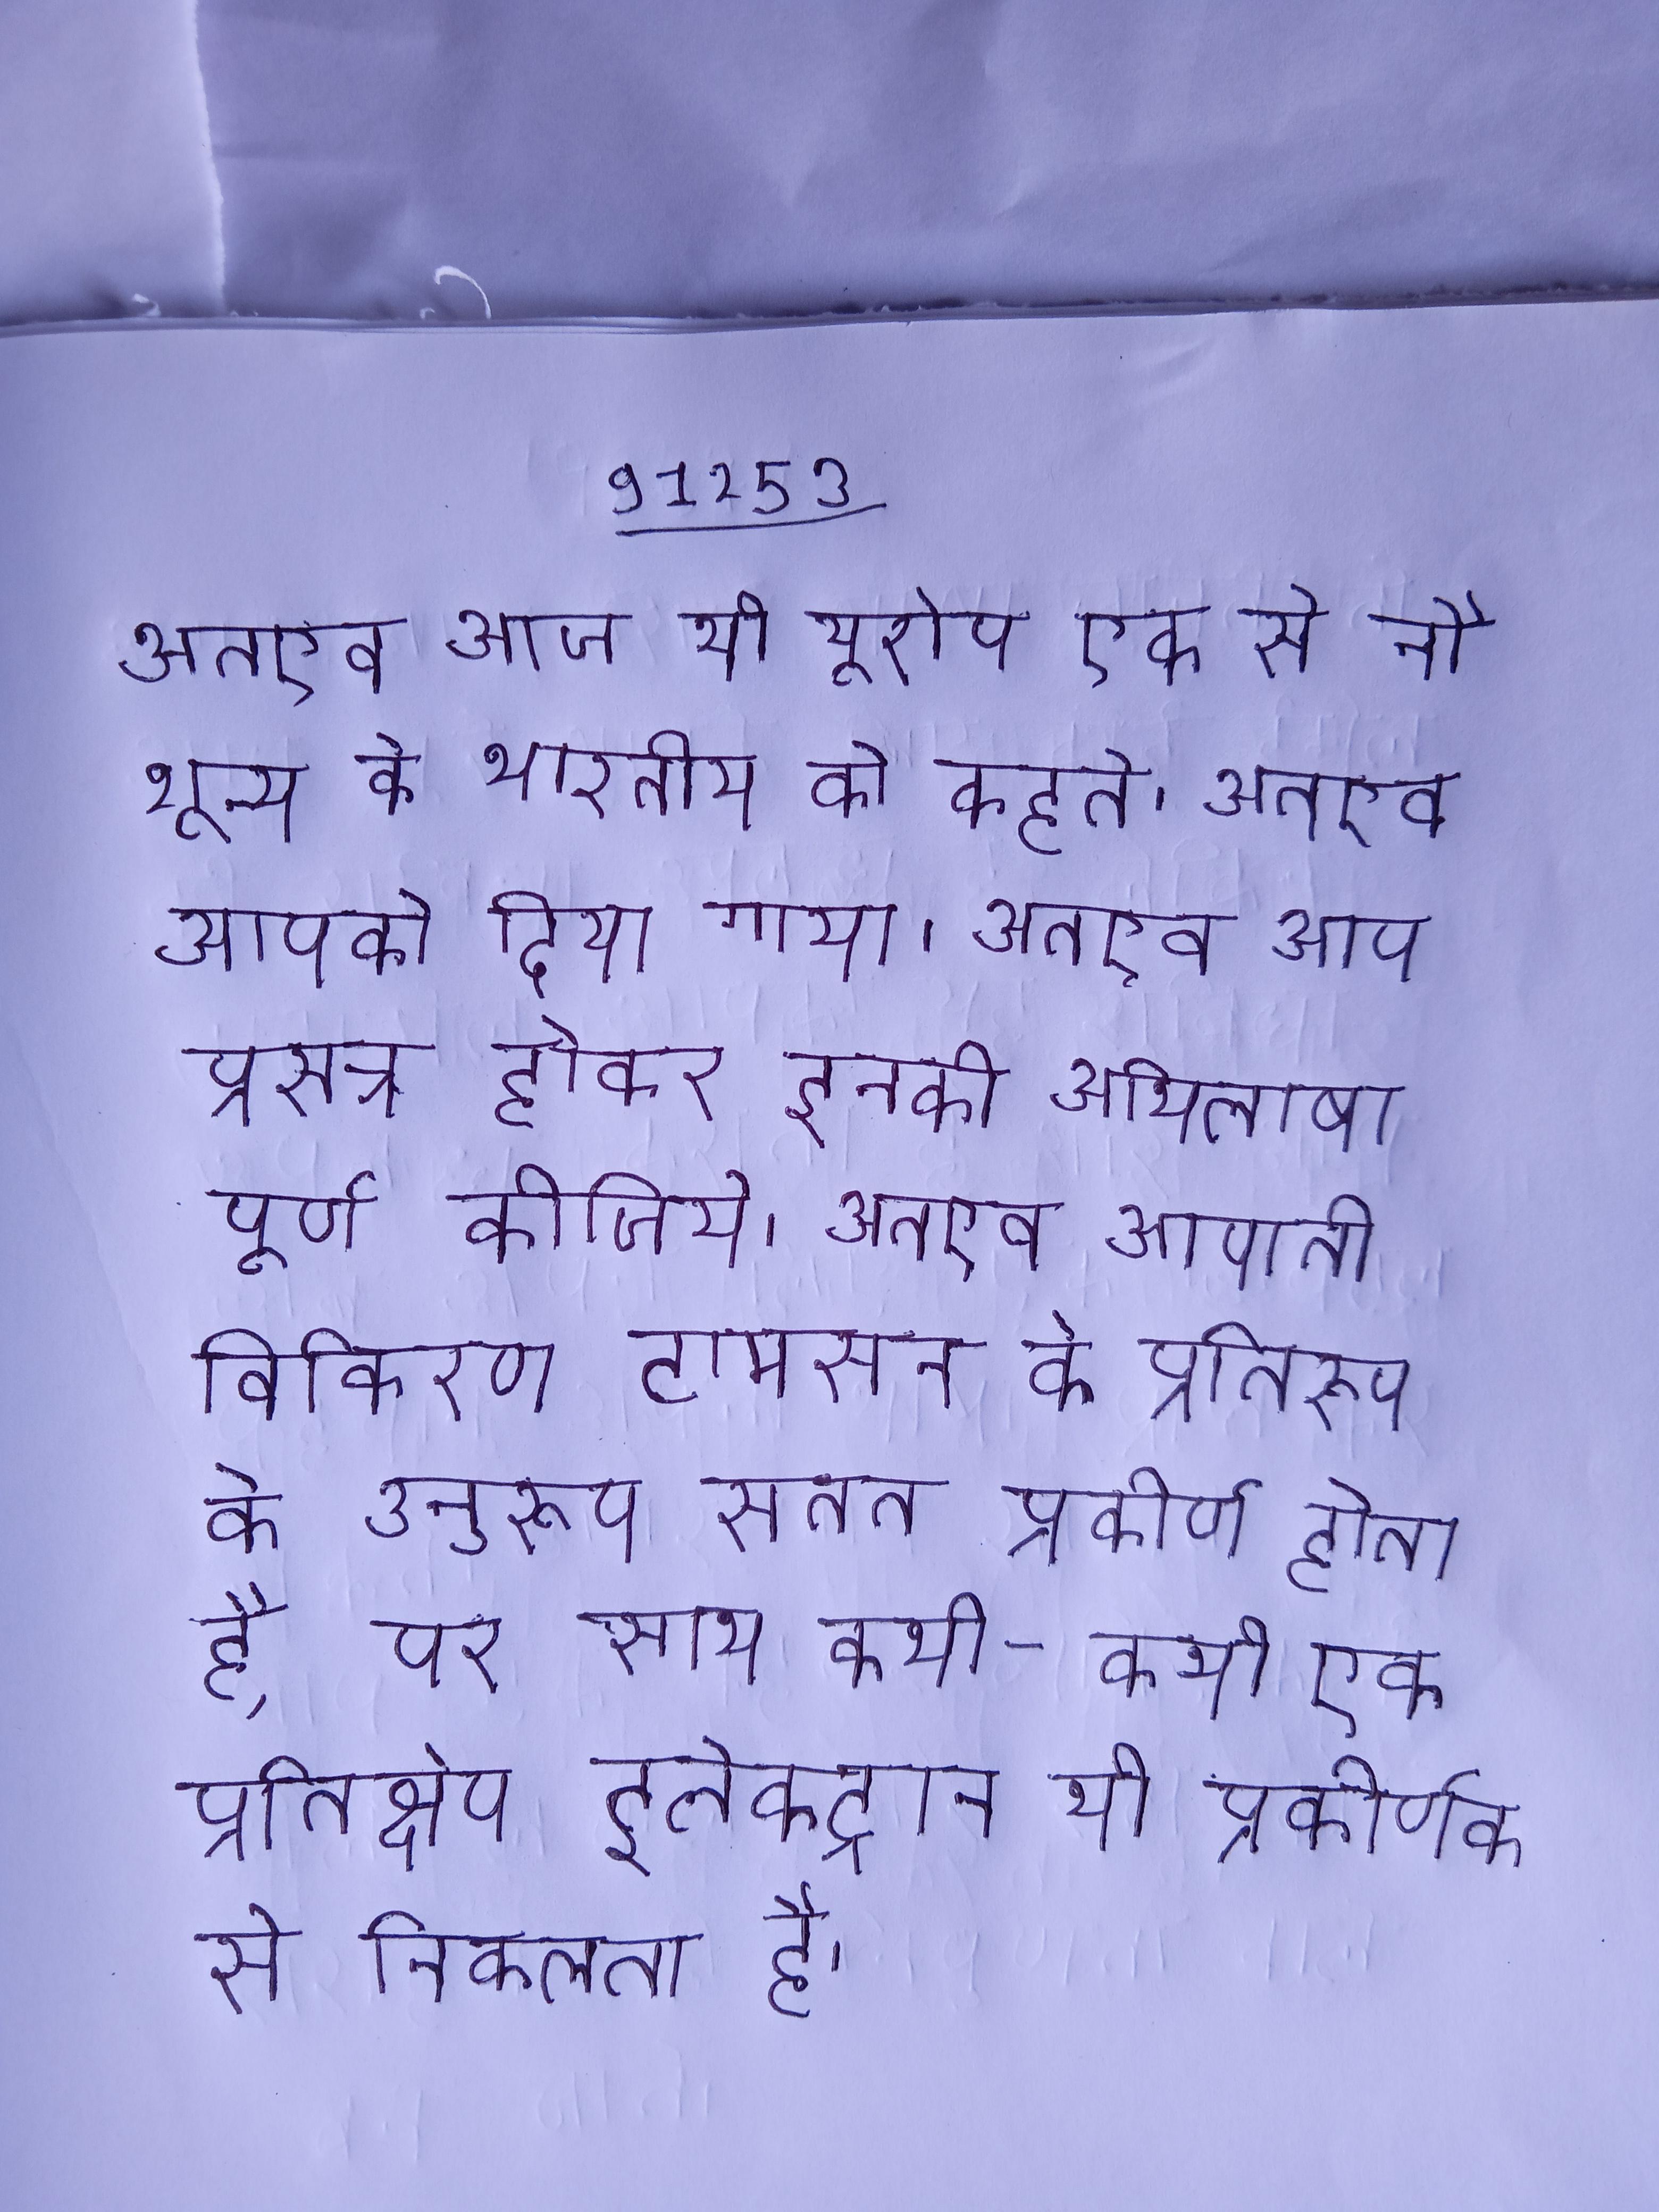
अतएव आज भी यूरोप एक से नौ शून्य के भारतीय को कहते । अतएव आपको दिया गया । अतएव आप प्रसन्न होकर इनकी अभिलाषा पूर्ण कीजिये । अतएव आपाती विकिरण टामसन के प्रतिरूप के अनुरूप सतत प्रकीर्ण होता है, पर साथ कभी-कभी एक प्रतिक्षेप इलेक्ट्रान भी प्रकीर्णक से निकलता है ।